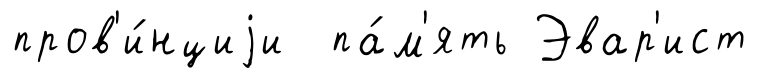
пров'и́нциjи па́м'ять Эвар'ист